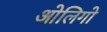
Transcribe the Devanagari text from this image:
ओलिगो